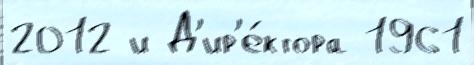
2012 и Д'ир'е́ктора 1961